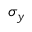
\sigma _ { y }